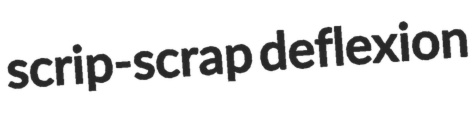
scrip-scrap deflexion